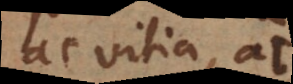
ac vitia, ac